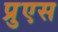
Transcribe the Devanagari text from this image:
प्रुएस